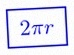
2\pi r